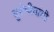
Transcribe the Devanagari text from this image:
युरोपीयांची